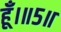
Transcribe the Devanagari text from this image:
हूँ।॥५॥